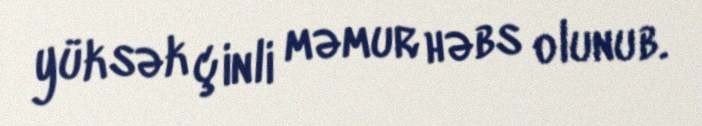
yüksək çinli məmur həbs olunub.